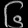
Digit: ၆